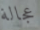
عجالة